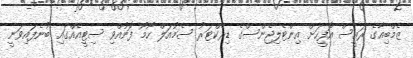
ޒެމްބިއާގެ ރައީސް އޮފީހަށް އިންޓެލިޖެންސްގެ ޑިރެކްޓަރު ސެމުއަލް ހޯމޯ ފޮނުއްވި ސިޓީއެއްގައި ބުނެފައިވަނީ